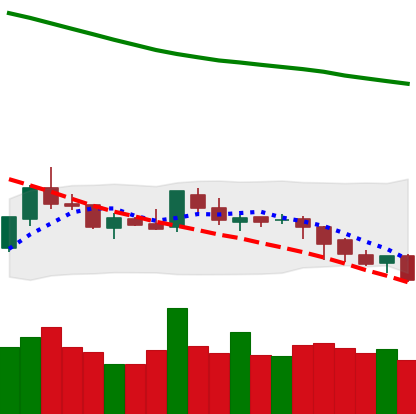
Ticker: LTC-USD
Chart end date: 2018-08-04
Forward return: -12.593%
Label: down_7plus